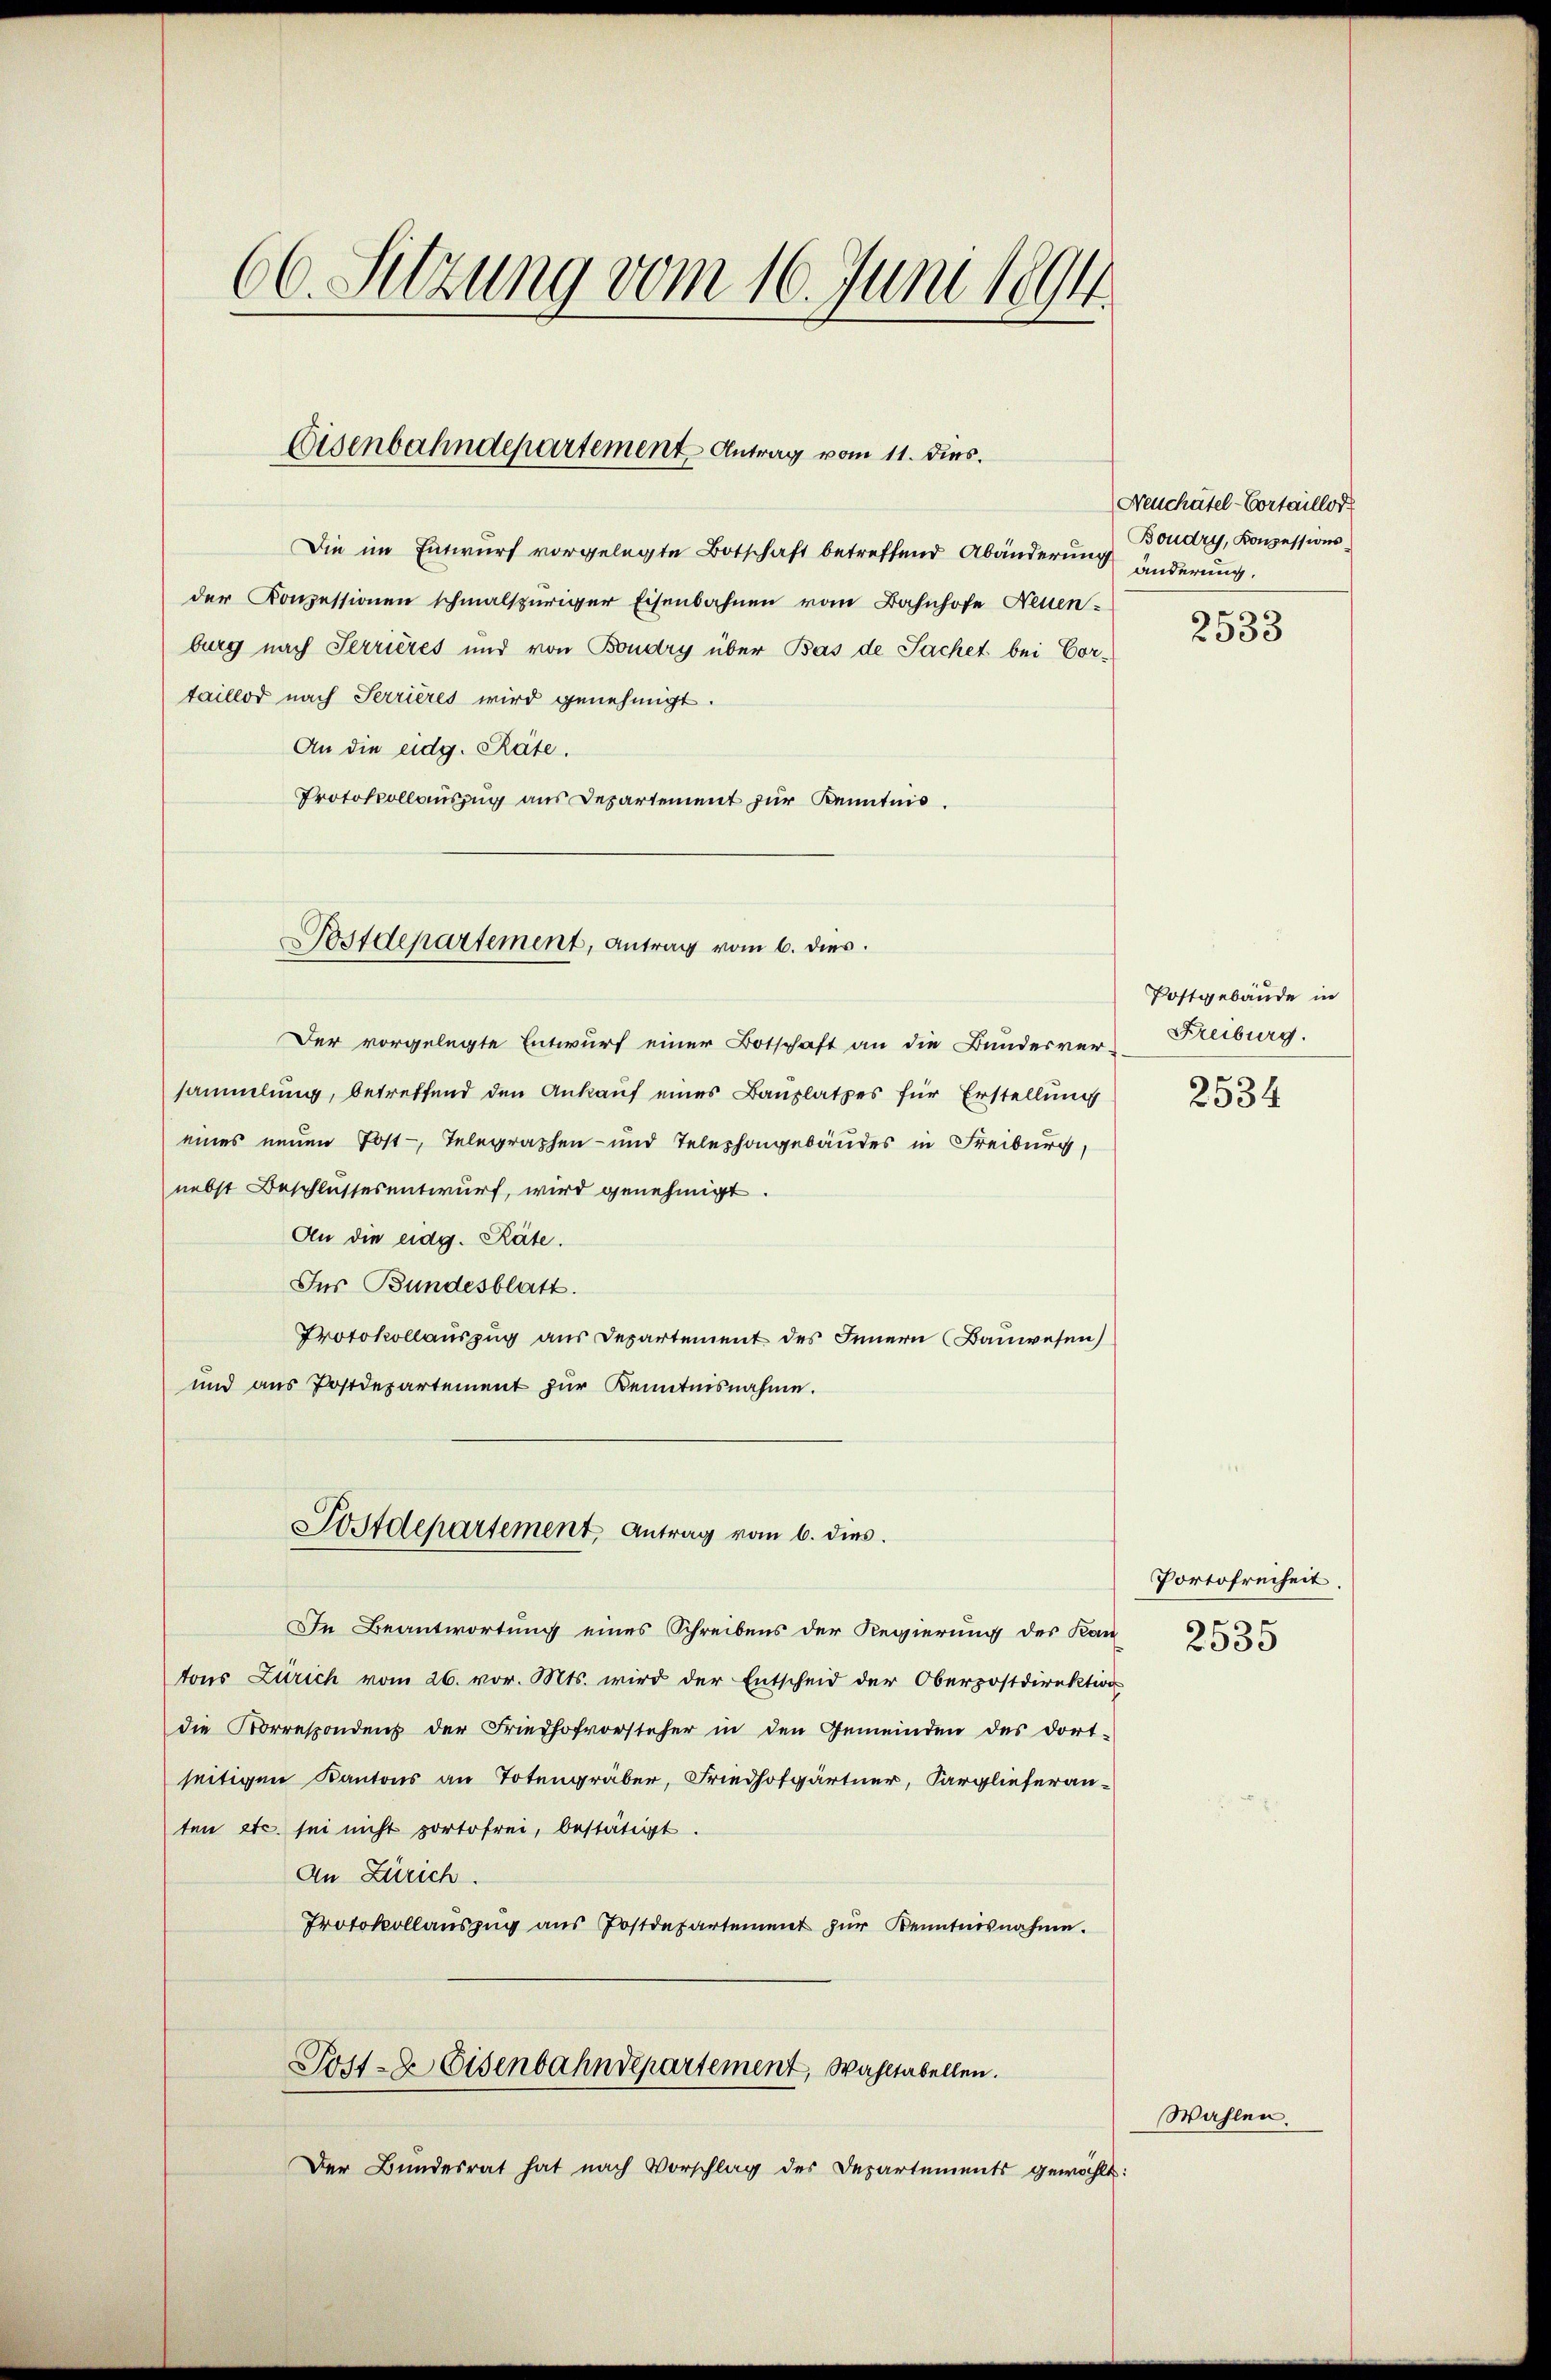
66. Sitzung vom 16. Juni 1894.

Eisenbahndepartement Antrag vom 11. dies.

Die im Entwurf vorgelegte Botschaft betreffend Abänderung änderung,
der Konzessionen schmalspuriger Eisenbahnen vom Bahnhofe Neuen-
burg nach Terrières und von Boudry über Bas de Sachet bei Cortaillod nach Serrières wird genehmigt.
An die eidg. Räte.
Protokollauszug aus Departement zur Kenntnis.

Sostdepartement, antrag vom 6. dies

Der vorgelegte Entwurf einer Botschaft an die Bunderver Freiburg.
sammlung, betreffend den Ankauf eines Bauplatzes für Erstellung
eines neuen Post-, Telegraphen- und Telephongebäudes in Freiburg,
nebst Beschlussesentwurf, wird genehmigt.
An die eidg. Räte.
Für Bundesblatt.
Protokollauszug aus Departement des Innern Bauwesen)
und aus Postdepartement zur Kenntnisnahme.
In Beantwortung eines Schreibens der Regierung des Kan-
tons Zürich vom 26. vor. Mts. wird der Entscheid der Oberpostdirektion
die Korrespondens der Friedhofvorsteher in den Gemeinden des dort-
seitigen Kantons an Totengräber, Friedhofgärtner, Sarglieferanten etc. sei nicht portofrei, bestätigt.
An Zürich.
Protokollaŭszŭg aŭs Postdepartement zŭr Kenntnisnahme.
Post- & Eisenbahndepartement, Wahltabellen.
Der Bundesrat hat nach Vorschlag des Departements gewählt:

Postdepartement Antrag vom 6. dies

Neuchätel-Cortaillor
Boudry, Konzessions¬

2533

Postgebäude in
2534

Portofreiheit.
2535

Wahlen.